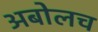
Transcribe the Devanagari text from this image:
अबोलच